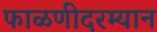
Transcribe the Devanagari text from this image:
फाळणीदरम्यान